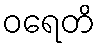
ဝရေတိ